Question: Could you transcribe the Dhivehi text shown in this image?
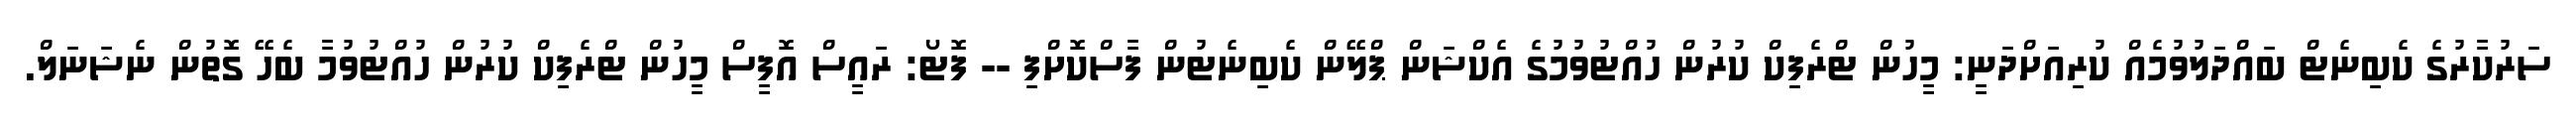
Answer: ސަރުކާރުގެ ކެބިނެޓް ބައްދަލުވުމެއް ކުރިއަށްދަނީ: މީހުން ޓްރެފިކް ކުރުން ހުއްޓުވުމުގެ އެކްޝަން ޕްލޭން ކެބިނެޓުން ފާސްކޮށްފި -- ފޮޓޯ: ރައީސް އޮފީސް މީހުން ޓްރެފިކް ކުރުން ހުއްޓުވުމާ ބެހޭ ގޮތުން ނެޝަނަލް.